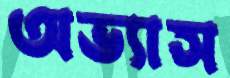
অভ্যাস